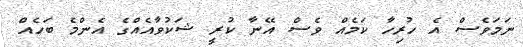
ނަމަވެސް އެ ހުރިހާ ކަމެއް ވެސް އޭނާ ކުރީ ޝަކުވާއެއްގެ އެންމެ ބަހެއް